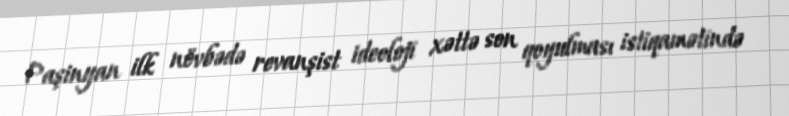
Paşinyan ilk növbədə revanşist ideoloji xəttə son qoyulması istiqamətində